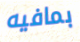
بمافيه